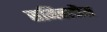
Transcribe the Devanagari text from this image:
समिक्लौस